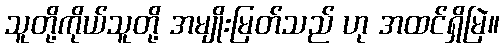
သူတို့ကိုယ်သူတို့ အမျိုးမြတ်သည် ဟု အထင်ရှိမြဲ။